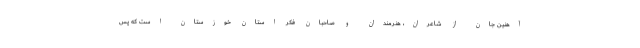
آهنین جان از شاعران، هنرمندان و صاحبان فکر استان خوزستان است که پس